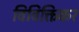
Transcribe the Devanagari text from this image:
विविक्तिकर